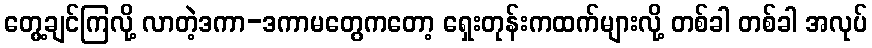
တွေ့ချင်ကြလို့ လာတဲ့ဒကာ-ဒကာမတွေကတော့ ရှေးတုန်းကထက်များလို့ တစ်ခါ တစ်ခါ အလုပ်